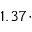
1 . 3 7 \cdot